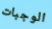
الوجبات